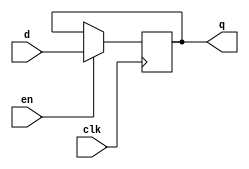
module dff_with_en
(
    input       clk,
    input       en,
    input       d,
    output reg  q
);

    always @ (posedge clk)
        if (en)
            q <= d;
 
endmodule